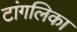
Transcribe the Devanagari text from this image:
टांगलिका